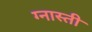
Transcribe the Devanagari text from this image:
ग्नास्ती